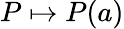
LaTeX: P\mapsto P(a)